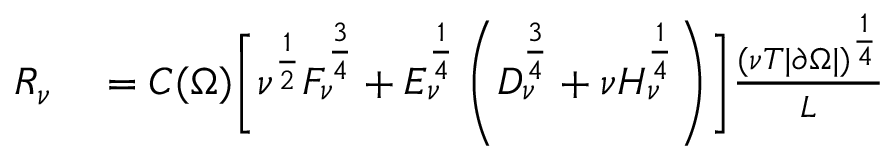
\begin{array} { r l } { R _ { \nu } } & { { } = C ( \Omega ) \Biggl [ \nu ^ { \frac 1 2 } F _ { \nu } ^ { \frac 3 4 } + E _ { \nu } ^ { \frac 1 4 } \left( D _ { \nu } ^ { \frac 3 4 } + \nu H _ { \nu } ^ { \frac 1 4 } \right) \Biggr ] \frac { ( \nu T | \partial \Omega | ) ^ { \frac 1 4 } } L } \end{array}